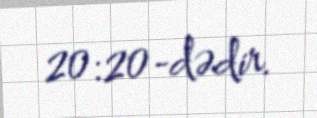
20:20-dədir.